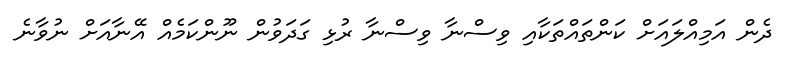
ދެން އަމިއްލައަށް ކަންތައްތަކާއި ވިސްނާ ވިސްނާ ރުޅި ގަދަވުން ނޫންކަމެއް އޭނާއަށް ނުވާނެ